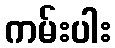
ကမ်းပါး